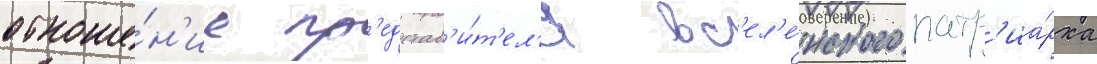
отноше́н'ие пр'едстав'и́т'ел'я вс'ел'е́нского патр'иа́рха